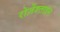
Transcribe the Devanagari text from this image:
रोज़ेंश्ताइन